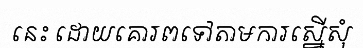
នេះ ដោយគោរពទៅតាមការស្នើសុំ